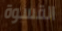
القسوة